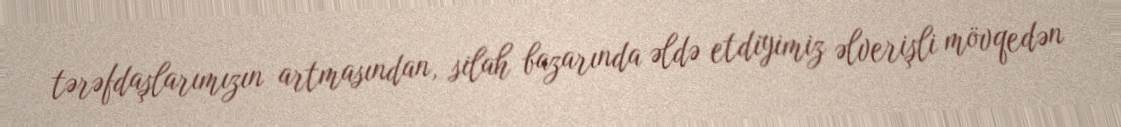
tərəfdaşlarımızın artmasından, silah bazarında əldə etdiyimiz əlverişli mövqedən